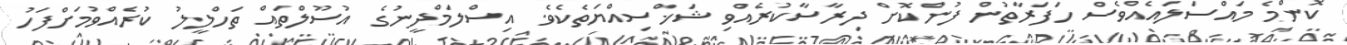
ކޮންމެ މައްސަލައެއްވެސް ހަފަރާތުން ފުންކޮށް ދިރާސާކުރެއްވި ޝަޚްސިއްޔަތެކެވެ. އިސްލަމްދީނުގެ އުސޫލްތައް ތަހްލީލު ކުރެއްވުމަށްފަހު